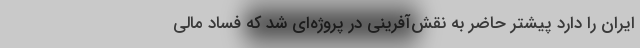
ایران را دارد پیشتر حاضر به نقش‌آفرینی در پروژه‌ای شد که فساد مالی